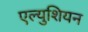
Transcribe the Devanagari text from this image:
एल्युशियन